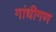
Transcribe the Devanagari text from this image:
गांधीगण